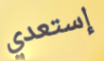
إستعدي